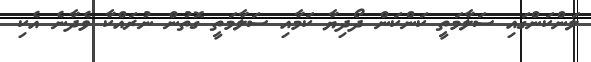
ލަންކަންގައި ސަލާމަތީ ކަންކަން ދޯދިޔާ ކަމާއި ސަލާމަތީ ގޮތުން ނުރައްކާ ވެދާނެ އެކި